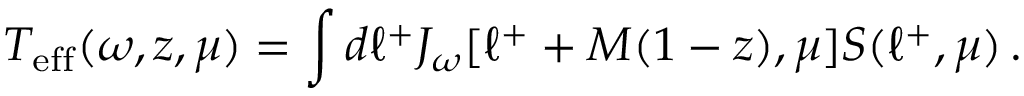
T _ { \mathrm { e f f } } ( \omega , z , \mu ) = \int d \ell ^ { + } J _ { \omega } [ \ell ^ { + } + M ( 1 - z ) , \mu ] S ( \ell ^ { + } , \mu ) \, .